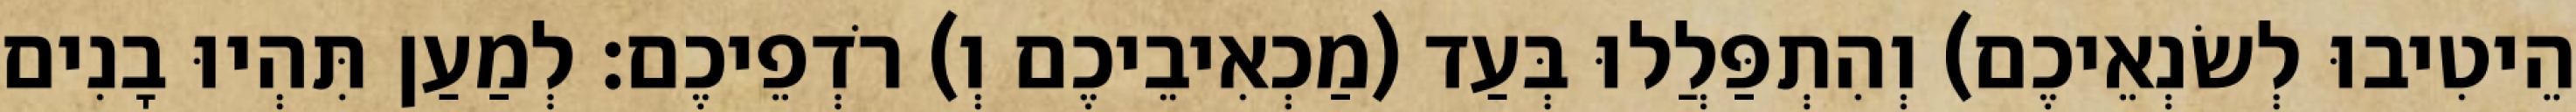
הֵיטִיבוּ לְשׂנְאֵיכֶם) וְהִתְפַּלֲלוּ בְּעַד (מַכְאִיבֵיכֶם וְ) רֹדְפֵיכֶם׃ לְמַעַן תִּהְיוּ בָנִים